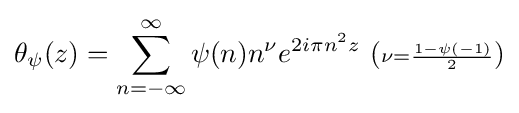
\theta _{\psi }(z)=\sum _{n=-\infty }^{\infty }\psi (n)n^{\nu }e^{2i\pi n^{2}z}\ ({\scriptstyle \nu ={\frac {1-\psi (-1)}{2}}})